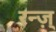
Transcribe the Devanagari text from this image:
रन्ज़्